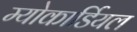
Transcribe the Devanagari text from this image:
म्योकार्डियल